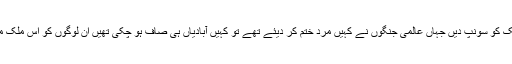
. وہ لوگ جو اپنی ساری عمر ان ممالک میں اپنی خدمات پیش کرتے رہیں …اپنی نسلیں ان ممالک کو سونپ دیں جہاں عالمی جنگوں نے کہیں مرد ختم کر دیئے تھے تو کہیں آبادیاں ہی صاف ہو چکی تھیں ان لوگوں کو اس ملک میں رہنے کی سزا دینا چاہتے ہیں یا انہیں ان کے کم تر ہونے کا نفسیاتی آزار پہنچانا چاہتے ہیں۔